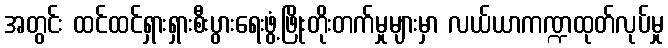
အတွင်း ထင်ထင်ရှားရှားစီးပွားရေးဖွံ့ဖြိုးတိုးတက်မှုများမှာ လယ်ယာကဏ္ဍထုတ်လုပ်မှု